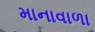
માનાવાળા